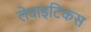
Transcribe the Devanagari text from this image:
लेवाइटिकस